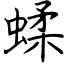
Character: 蝚